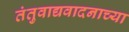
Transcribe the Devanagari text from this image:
तंतुवाद्यवादनाच्या